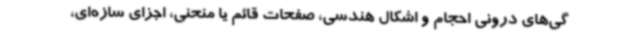
گی‌های درونی احجام و اشکال هندسی، صفحات قائم یا منحنی، اجزای سازه‌ای،